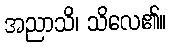
အညာသိ၊ သိလေ၏။